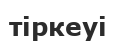
тіркеуі